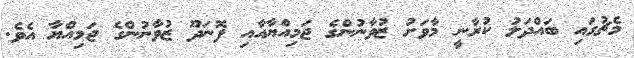
މެޗުގައި ބައްދަލު ކުރާނީ މާވަށު ޒުވާނުންގެ ޖަމިއްޔާއާއި ފޮނަދޫ ޒުވާނުންގެ ޖަމިއްޔާ އެވެ.